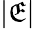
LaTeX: |\mathfrak{E}|